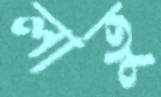
লাতু